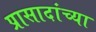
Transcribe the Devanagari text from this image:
प्रासादांच्या